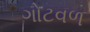
ગોટવળ